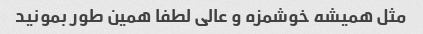
مثل همیشه خوشمزه و عالی لطفا همین طور بمونید